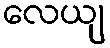
လေယျ